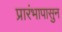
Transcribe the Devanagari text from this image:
प्रारंभापासुन